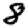
Digit: 8